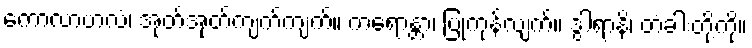
ကောလာဟလံ၊ အုတ်အုတ်ကျက်ကျက်။ ကရောန္တာ၊ ပြုကုန်လျက်။ ဒွါရာနိ၊ တံခါးတို့ကို။